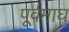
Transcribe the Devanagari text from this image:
पूर्वमाघ